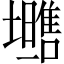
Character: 𱕡